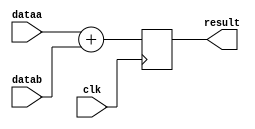
module adder
(
	input [7:0] dataa,
	input [7:0] datab,
	input clk,
	output reg [8:0] result
);

	always @ (posedge clk)
	begin
		result <= dataa + datab;
	end

endmodule